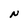
Character: N